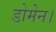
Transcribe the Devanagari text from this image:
डोमेन।